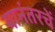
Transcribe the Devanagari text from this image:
यानंतरचें